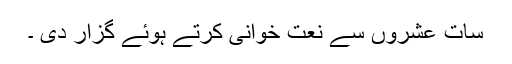
سات عشروں سے نعت خوانی کرتے ہوئے گزار دی ۔